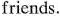
friends.